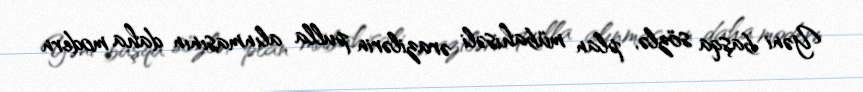
Yəni başqa sözlə, plan mübahisəli ərazilərin pulla alınmasının daha modern